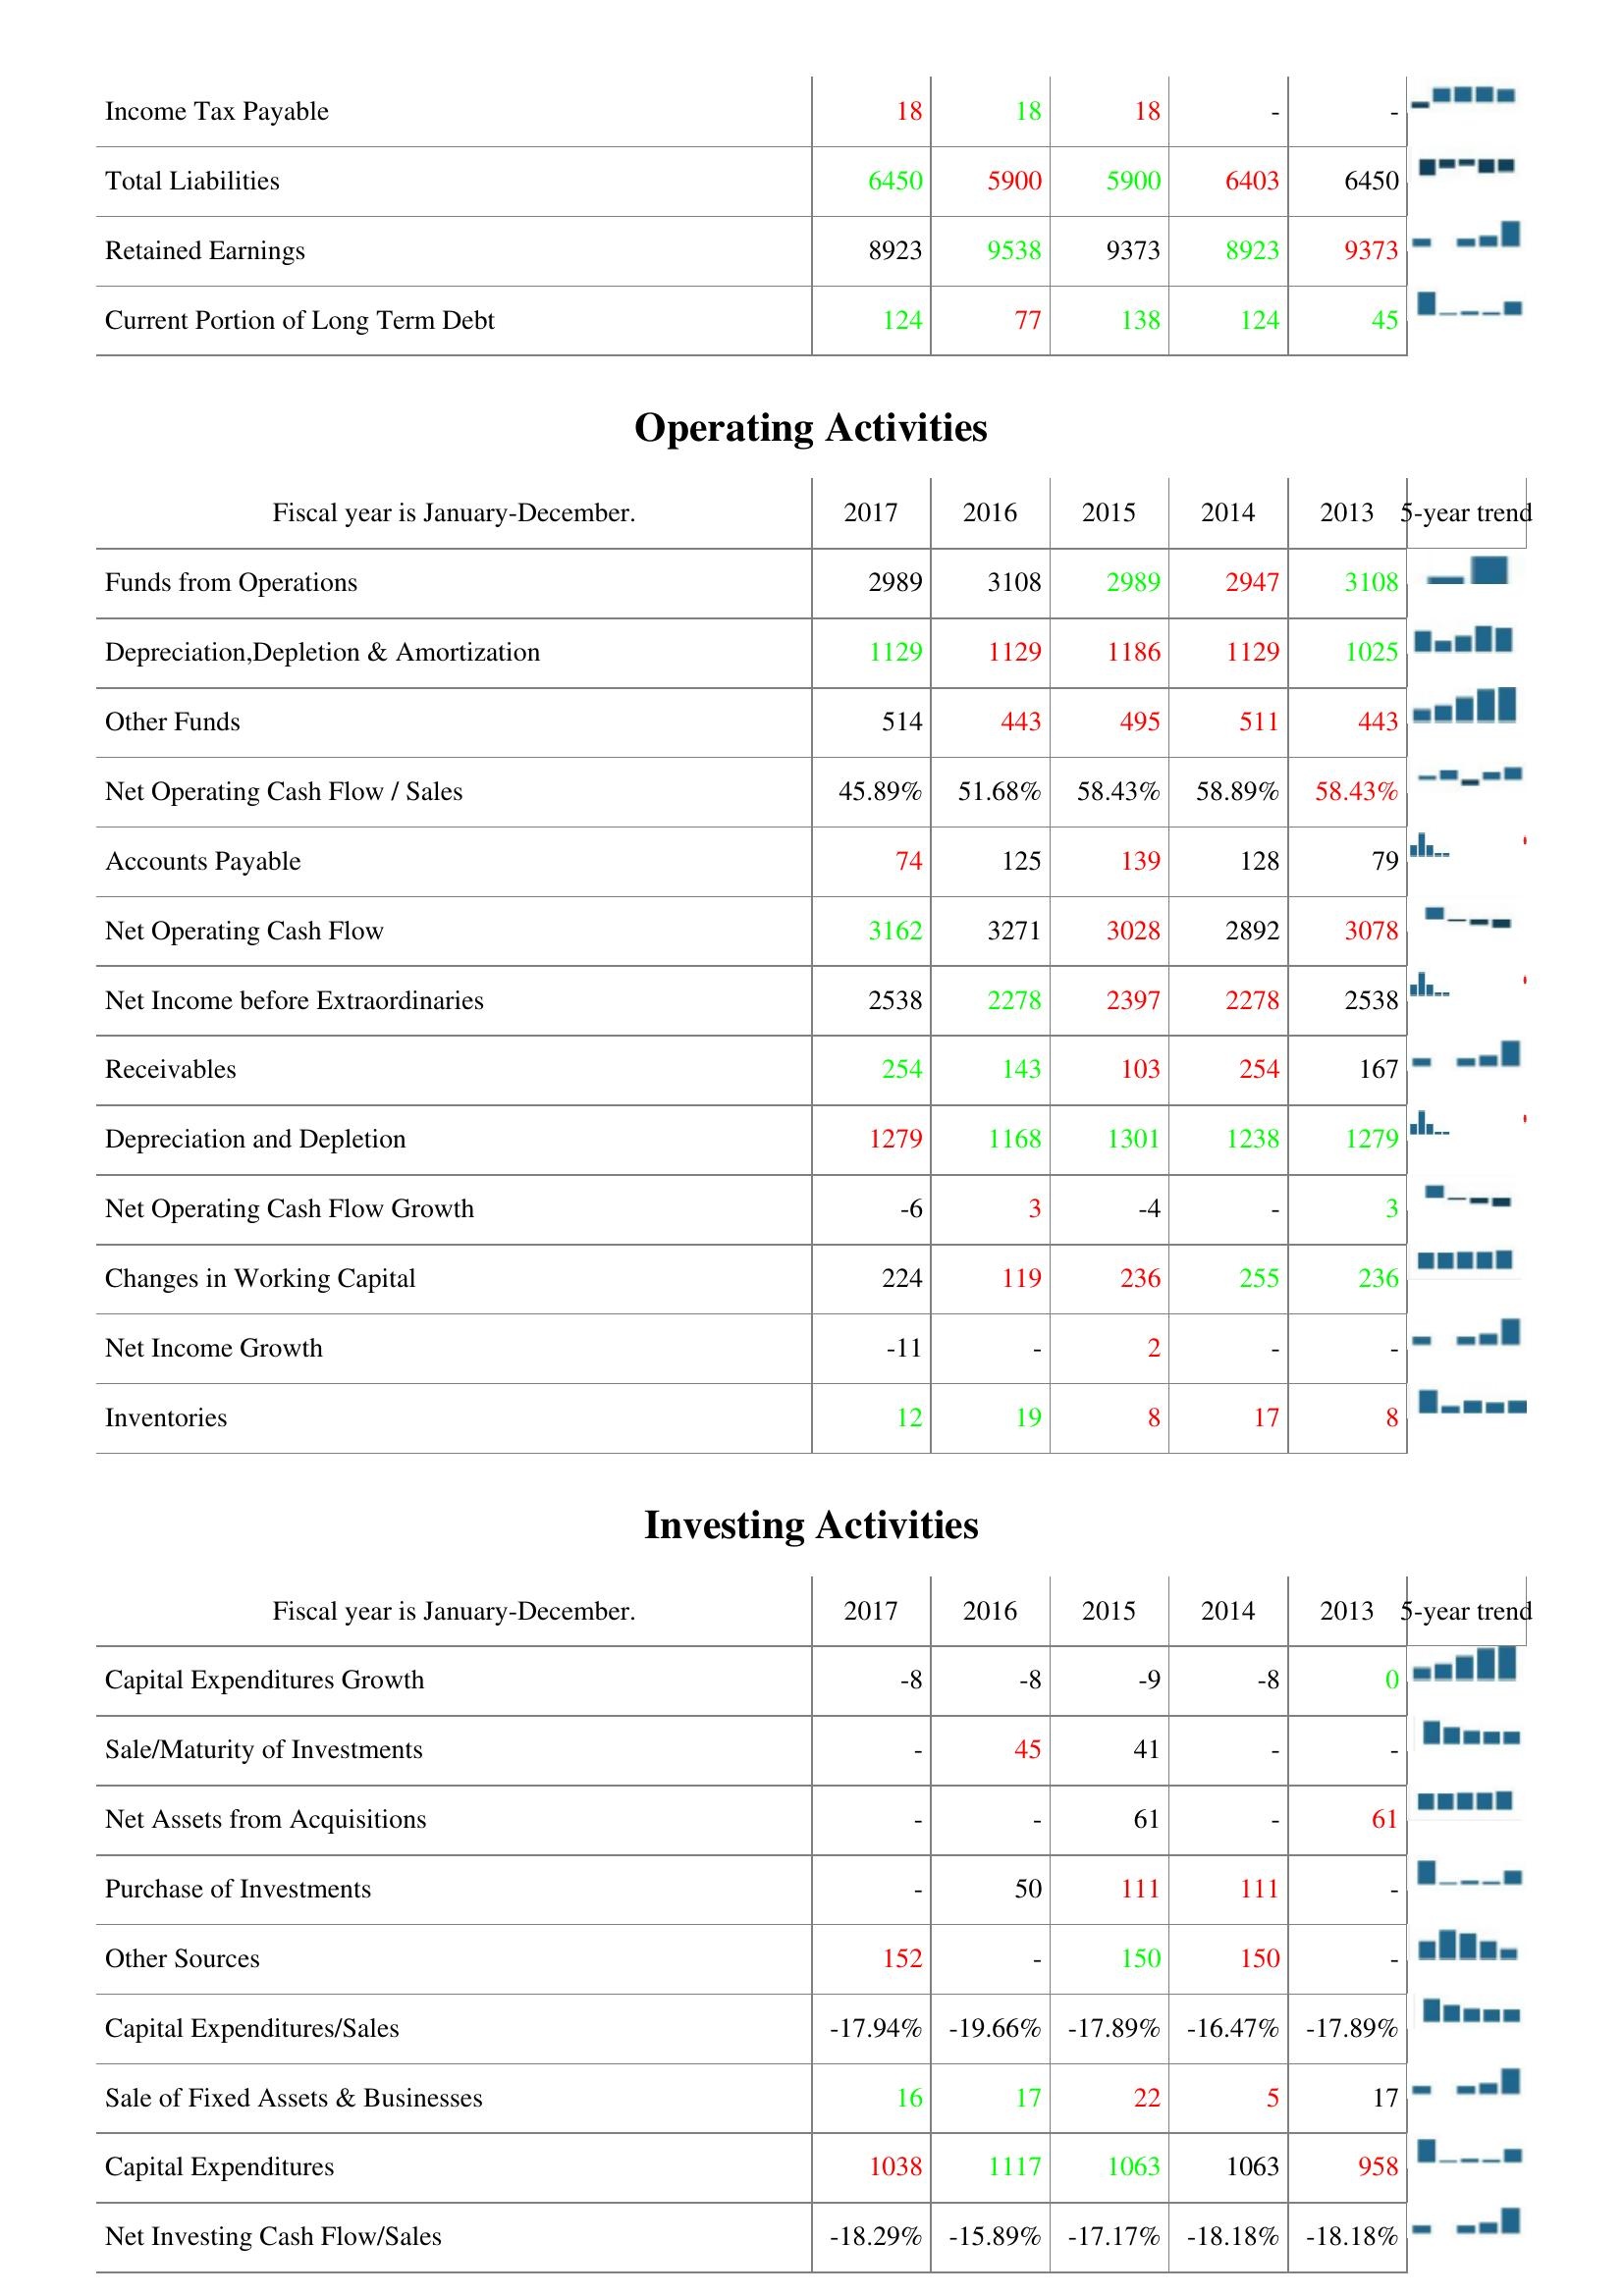
2017: Liabilities & Shareholder's Equity: Income Tax Payable: 18
Total Liabilities: 6450
Retained Earnings: 8923
Current Portion of Long Term Debt: 124
Operating Activities: Funds from Operations: 2989
Depreciation,Depletion & Amortization: 1129
Other Funds: 514
Net Operating Cash Flow / Sales: 45.89%
Accounts Payable: 74
Net Operating Cash Flow: 3162
Net Income before Extraordinaries: 2538
Receivables: 254
Depreciation and Depletion: 1279
Net Operating Cash Flow Growth: -6
Changes in Working Capital: 224
Net Income Growth: -11
Inventories: 12
Investing Activities: Capital Expenditures Growth: -8
Sale/Maturity of Investments: -
Net Assets from Acquisitions: -
Purchase of Investments: -
Other Sources: 152
Capital Expenditures/Sales: -17.94%
Sale of Fixed Assets & Businesses: 16
Capital Expenditures: 1038
Net Investing Cash Flow/Sales: -18.29%
2016: Liabilities & Shareholder's Equity: Income Tax Payable: 18
Total Liabilities: 5900
Retained Earnings: 9538
Current Portion of Long Term Debt: 77
Operating Activities: Funds from Operations: 3108
Depreciation,Depletion & Amortization: 1129
Other Funds: 443
Net Operating Cash Flow / Sales: 51.68%
Accounts Payable: 125
Net Operating Cash Flow: 3271
Net Income before Extraordinaries: 2278
Receivables: 143
Depreciation and Depletion: 1168
Net Operating Cash Flow Growth: 3
Changes in Working Capital: 119
Net Income Growth: -
Inventories: 19
Investing Activities: Capital Expenditures Growth: -8
Sale/Maturity of Investments: 45
Net Assets from Acquisitions: -
Purchase of Investments: 50
Other Sources: -
Capital Expenditures/Sales: -19.66%
Sale of Fixed Assets & Businesses: 17
Capital Expenditures: 1117
Net Investing Cash Flow/Sales: -15.89%
2015: Liabilities & Shareholder's Equity: Income Tax Payable: 18
Total Liabilities: 5900
Retained Earnings: 9373
Current Portion of Long Term Debt: 138
Operating Activities: Funds from Operations: 2989
Depreciation,Depletion & Amortization: 1186
Other Funds: 495
Net Operating Cash Flow / Sales: 58.43%
Accounts Payable: 139
Net Operating Cash Flow: 3028
Net Income before Extraordinaries: 2397
Receivables: 103
Depreciation and Depletion: 1301
Net Operating Cash Flow Growth: -4
Changes in Working Capital: 236
Net Income Growth: 2
Inventories: 8
Investing Activities: Capital Expenditures Growth: -9
Sale/Maturity of Investments: 41
Net Assets from Acquisitions: 61
Purchase of Investments: 111
Other Sources: 150
Capital Expenditures/Sales: -17.89%
Sale of Fixed Assets & Businesses: 22
Capital Expenditures: 1063
Net Investing Cash Flow/Sales: -17.17%
2014: Liabilities & Shareholder's Equity: Income Tax Payable: -
Total Liabilities: 6403
Retained Earnings: 8923
Current Portion of Long Term Debt: 124
Operating Activities: Funds from Operations: 2947
Depreciation,Depletion & Amortization: 1129
Other Funds: 511
Net Operating Cash Flow / Sales: 58.89%
Accounts Payable: 128
Net Operating Cash Flow: 2892
Net Income before Extraordinaries: 2278
Receivables: 254
Depreciation and Depletion: 1238
Net Operating Cash Flow Growth: -
Changes in Working Capital: 255
Net Income Growth: -
Inventories: 17
Investing Activities: Capital Expenditures Growth: -8
Sale/Maturity of Investments: -
Net Assets from Acquisitions: -
Purchase of Investments: 111
Other Sources: 150
Capital Expenditures/Sales: -16.47%
Sale of Fixed Assets & Businesses: 5
Capital Expenditures: 1063
Net Investing Cash Flow/Sales: -18.18%
2013: Liabilities & Shareholder's Equity: Income Tax Payable: -
Total Liabilities: 6450
Retained Earnings: 9373
Current Portion of Long Term Debt: 45
Operating Activities: Funds from Operations: 3108
Depreciation,Depletion & Amortization: 1025
Other Funds: 443
Net Operating Cash Flow / Sales: 58.43%
Accounts Payable: 79
Net Operating Cash Flow: 3078
Net Income before Extraordinaries: 2538
Receivables: 167
Depreciation and Depletion: 1279
Net Operating Cash Flow Growth: 3
Changes in Working Capital: 236
Net Income Growth: -
Inventories: 8
Investing Activities: Capital Expenditures Growth: 0
Sale/Maturity of Investments: -
Net Assets from Acquisitions: 61
Purchase of Investments: -
Other Sources: -
Capital Expenditures/Sales: -17.89%
Sale of Fixed Assets & Businesses: 17
Capital Expenditures: 958
Net Investing Cash Flow/Sales: -18.18%